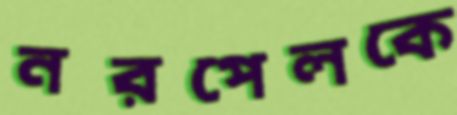
নরপেলকে